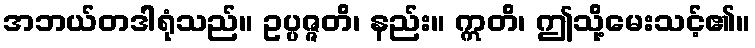
အဘယ်တဒါရုံသည်။ ဥပ္ပဇ္ဇတိ၊ နည်း။ ဣတိ၊ ဤသို့မေးသင့်၏။